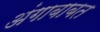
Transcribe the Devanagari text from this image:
अंगाबाबत